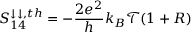
S _ { 1 4 } ^ { \downarrow \downarrow , t h } = - \frac { 2 e ^ { 2 } } { h } k _ { B } \mathcal { T } ( 1 + R )